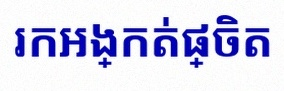
រកអង្កត់ផ្ចិត